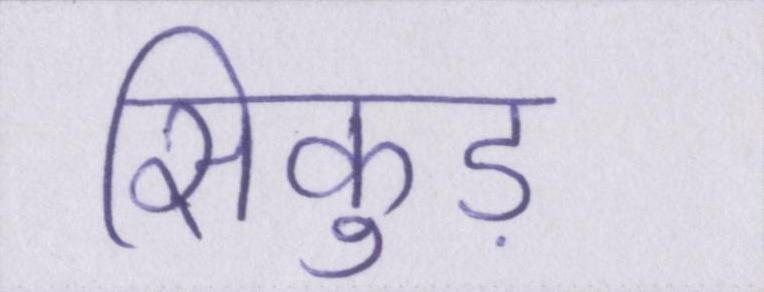
सिकुड़